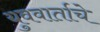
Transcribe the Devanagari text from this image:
युववार्ताचे